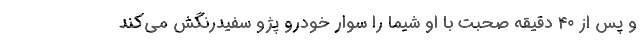
و پس از ۴۰ دقیقه صحبت با او شیما را سوار خودرو پژو سفید‌رنگش می‌کند